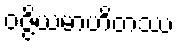
ဝဇ္ဇိယမာဟိတဿ